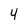
Character: 4